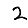
Digit: 2